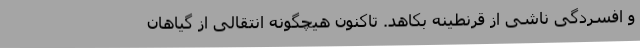
و افسردگی ناشی از قرنطینه بکاهد. تاکنون هیچگونه انتقالی از گیاهان